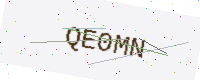
Text: QE0MN